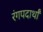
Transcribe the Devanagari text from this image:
रंगपदार्थां